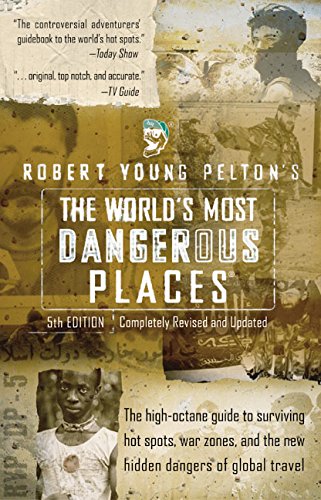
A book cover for Robert Young Pelton's The World's Most Dangerous Places: 5th Edition (Robert Young  Pelton the World's Most Dangerous Places); Robert Young Pelton; Biographies & Memoirs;